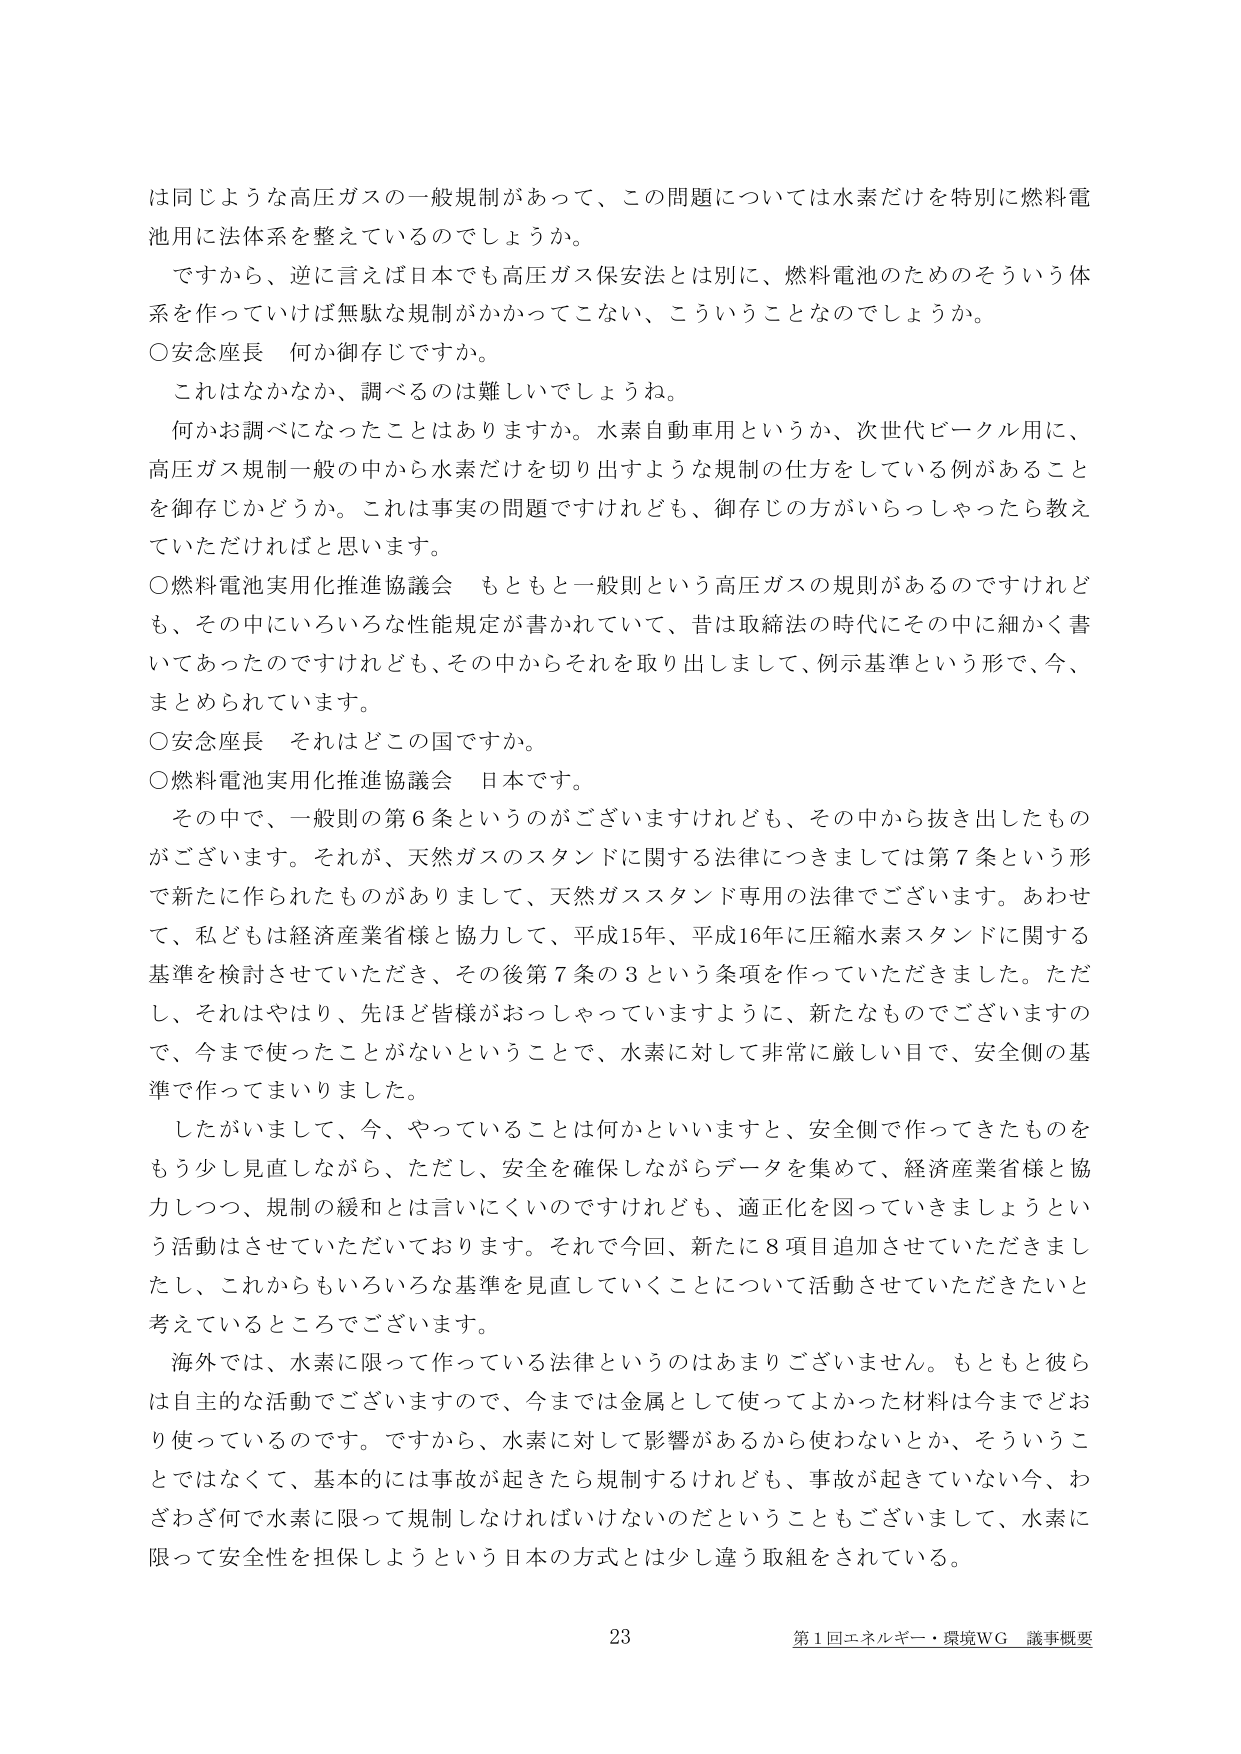
は同じような高圧ガスの一般規制があって、この問題については水素だけを特別に燃料電池用に法体系を整えているのでしょうか。

ですから、逆に言えば日本でも高圧ガス保安法とは別に、燃料電池のためのそういう体系を作っていては無駄な規制がかかってこない、こういうことなのでしょうか。

○安念座長　何か御存じですか。

これはなかなか、調べるのは難しいでしょうね。

何かお調べになったことはありますか。水素自動車用というか、次世代ビークル用に、高圧ガス規制一般の中から水素だけを切り出すような規制の仕方をしている例があることを御存じかどうか。これは事実の問題ですけれども、御存じの方がいらっしゃったら教えていただければと思います。

○燃料電池実用化推進協議会　もともと一般則という高圧ガスの規則があるのですけれども、その中にいろいろな性能規定が書かれていて、昔は取締法の時代にその中に細かく書いてあったのですけれども、その中からそれを取り出しまして、例示基準という形で、今、まとめられています。

○安念座長　それはどこの国ですか。

○燃料電池実用化推進協議会　日本です。

その中で、一般則の第6条というのがございますけれども、その中から抜き出したものがございます。それが、天然ガスのスタンドに関する法律につきましては第7条という形で新たに作られたものがありまして、天然ガススタンド専用の法律でございます。あわせて、私どもは経済産業省様と協力して、平成15年、平成16年に圧縮水素スタンドに関する基準を検討させていただき、その後第7条の3という条項を作っていただきました。ただし、それはやはり、先ほど皆様がおっしゃっていますように、新たなものでございますので、今まで使ったことがないということで、水素に対して非常に厳しい目で、安全側の基準で作ってまいりました。

したがいまして、今、やっていることは何かといいますと、安全側で作ってきたものをもう少し見直しながら、ただし、安全を確保しながらデータを集めて、経済産業省様と協力しつつ、規制の緩和とは言いにくいのですけれども、適正化を図っていきましょうという活動はさせていただいております。それで今回、新たに8項目追加させていただきまして、これからもいろいろな基準を見直していくことについて活動させていただきたいと考えているところでございます。

海外では、水素に限って作っている法律というのはあまりございません。もともと彼らは自主的な活動でございますので、今までは金属として使ってよかった材料は今までどおり使っているのです。ですから、水素に対して影響があるから使わないとか、そういうことではなくて、基本的には事故が起きたら規制するけれども、事故が起きていない今、わざわざ何で水素に限って規制しなければいけないのだということもございまして、水素に限って安全性を担保しようという日本の方式とは少し違う取組をされている。

23
第1回エネルギー・環境WG 議事概要